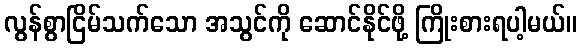
လွန်စွာငြိမ်သက်သော အသွင်ကို ဆောင်နိုင်ဖို့ ကြိုးစားရပါ့မယ်။